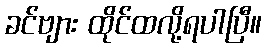
ခင်ဗျား ထိုင်ထလို့ရပါပြီ။